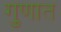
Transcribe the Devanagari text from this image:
गुणात